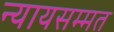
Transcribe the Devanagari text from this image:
न्यायसम्मत